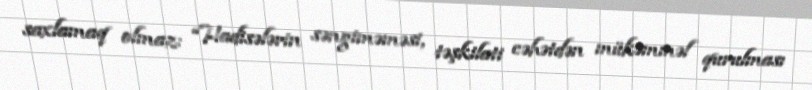
saxlamaq olmaz: “Hadisələrin səngiməməsi, təşkilati cəhətdən mükəmməl qurulması